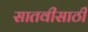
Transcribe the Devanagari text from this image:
सातवीसाठी